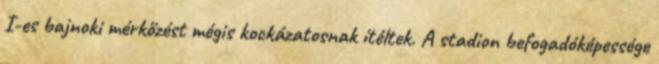
I-es bajnoki mérkőzést mégis kockázatosnak ítéltek. A stadion befogadóképessége